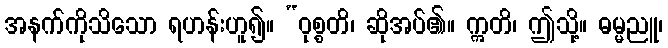
အနက်ကိုသိသော ရဟန်းဟူ၍။ “ဝုစ္စတိ၊ ဆိုအပ်၏။ ဣတိ၊ ဤသို့။ ဓမ္မညူ၊